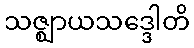
သဇ္ဈာယသဒ္ဒေါတိ